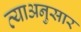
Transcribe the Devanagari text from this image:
त्याअनुसार